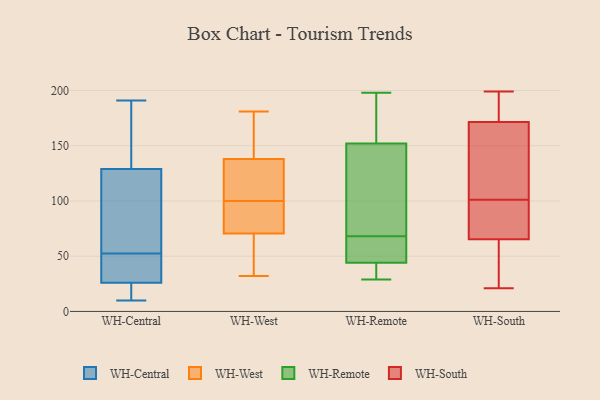
{"axis": {"x": "Net Income (USD K)", "y": "Value"}, "legend": ["WH-Central", "WH-Remote", "WH-South", "WH-West"], "data": [{"x": "", "y": 12, "type": "WH-Central"}, {"x": "", "y": 26, "type": "WH-Central"}, {"x": "", "y": 51, "type": "WH-Central"}, {"x": "", "y": 101, "type": "WH-Central"}, {"x": "", "y": 191, "type": "WH-Central"}, {"x": "", "y": 54, "type": "WH-Central"}, {"x": "", "y": 129, "type": "WH-Central"}, {"x": "", "y": 10, "type": "WH-Central"}, {"x": "", "y": 167, "type": "WH-Central"}, {"x": "", "y": 32, "type": "WH-Central"}, {"x": "", "y": 58, "type": "WH-West"}, {"x": "", "y": 115, "type": "WH-West"}, {"x": "", "y": 75, "type": "WH-West"}, {"x": "", "y": 66, "type": "WH-West"}, {"x": "", "y": 153, "type": "WH-West"}, {"x": "", "y": 90, "type": "WH-West"}, {"x": "", "y": 123, "type": "WH-West"}, {"x": "", "y": 181, "type": "WH-West"}, {"x": "", "y": 110, "type": "WH-West"}, {"x": "", "y": 155, "type": "WH-West"}, {"x": "", "y": 32, "type": "WH-West"}, {"x": "", "y": 82, "type": "WH-West"}, {"x": "", "y": 44, "type": "WH-Remote"}, {"x": "", "y": 73, "type": "WH-Remote"}, {"x": "", "y": 45, "type": "WH-Remote"}, {"x": "", "y": 56, "type": "WH-Remote"}, {"x": "", "y": 95, "type": "WH-Remote"}, {"x": "", "y": 121, "type": "WH-Remote"}, {"x": "", "y": 41, "type": "WH-Remote"}, {"x": "", "y": 198, "type": "WH-Remote"}, {"x": "", "y": 63, "type": "WH-Remote"}, {"x": "", "y": 158, "type": "WH-Remote"}, {"x": "", "y": 157, "type": "WH-Remote"}, {"x": "", "y": 33, "type": "WH-Remote"}, {"x": "", "y": 29, "type": "WH-Remote"}, {"x": "", "y": 152, "type": "WH-Remote"}, {"x": "", "y": 191, "type": "WH-South"}, {"x": "", "y": 173, "type": "WH-South"}, {"x": "", "y": 153, "type": "WH-South"}, {"x": "", "y": 51, "type": "WH-South"}, {"x": "", "y": 90, "type": "WH-South"}, {"x": "", "y": 24, "type": "WH-South"}, {"x": "", "y": 162, "type": "WH-South"}, {"x": "", "y": 199, "type": "WH-South"}, {"x": "", "y": 70, "type": "WH-South"}, {"x": "", "y": 21, "type": "WH-South"}, {"x": "", "y": 171, "type": "WH-South"}, {"x": "", "y": 77, "type": "WH-South"}, {"x": "", "y": 101, "type": "WH-South"}]}